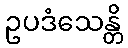
ဥပဒံသေန္တိ